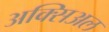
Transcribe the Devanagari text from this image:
अक्सिअल